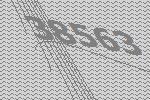
38563